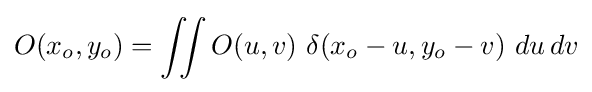
O(x_{o},y_{o})=\iint O(u,v)~\delta (x_{o}-u,y_{o}-v)~du\,dv